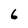
Character: 6